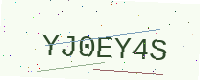
Text: YJ0EY4S